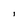
Character: I